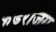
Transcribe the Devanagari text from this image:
फंडरेजिंग